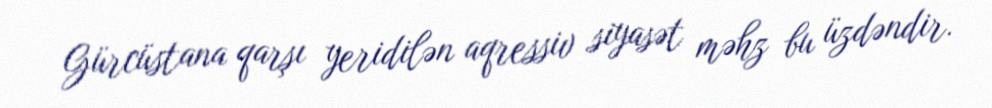
Gürcüstana qarşı yeridilən aqressiv siyasət məhz bu üzdəndir.